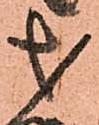
才